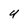
Character: u